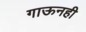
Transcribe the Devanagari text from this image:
गाऊनही